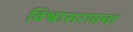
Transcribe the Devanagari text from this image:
विश्वासरावचा